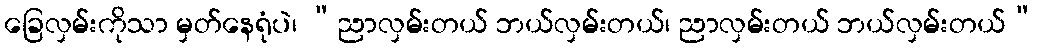
ခြေလှမ်းကိုသာ မှတ်နေရုံပဲ၊ “ညာလှမ်းတယ် ဘယ်လှမ်းတယ်၊ ညာလှမ်းတယ် ဘယ်လှမ်းတယ်”